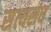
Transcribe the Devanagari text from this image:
सत्यसंघ